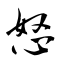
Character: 怒